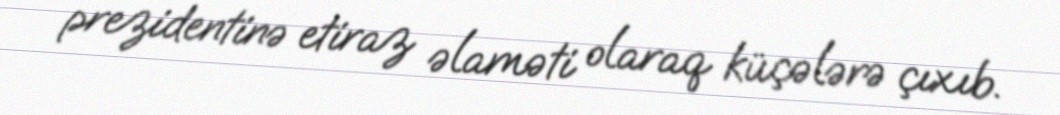
prezidentinə etiraz əlaməti olaraq küçələrə çıxıb.